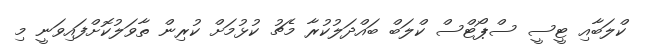
ކްލަބާއި ޓީސީ ސްޕޯޓްސް ކްލަބް ބައްދަލުކުރާ މެޗު ކުޅުމަށް ކުރިން ތާވަލުކޮށްފައިވަނީ މި